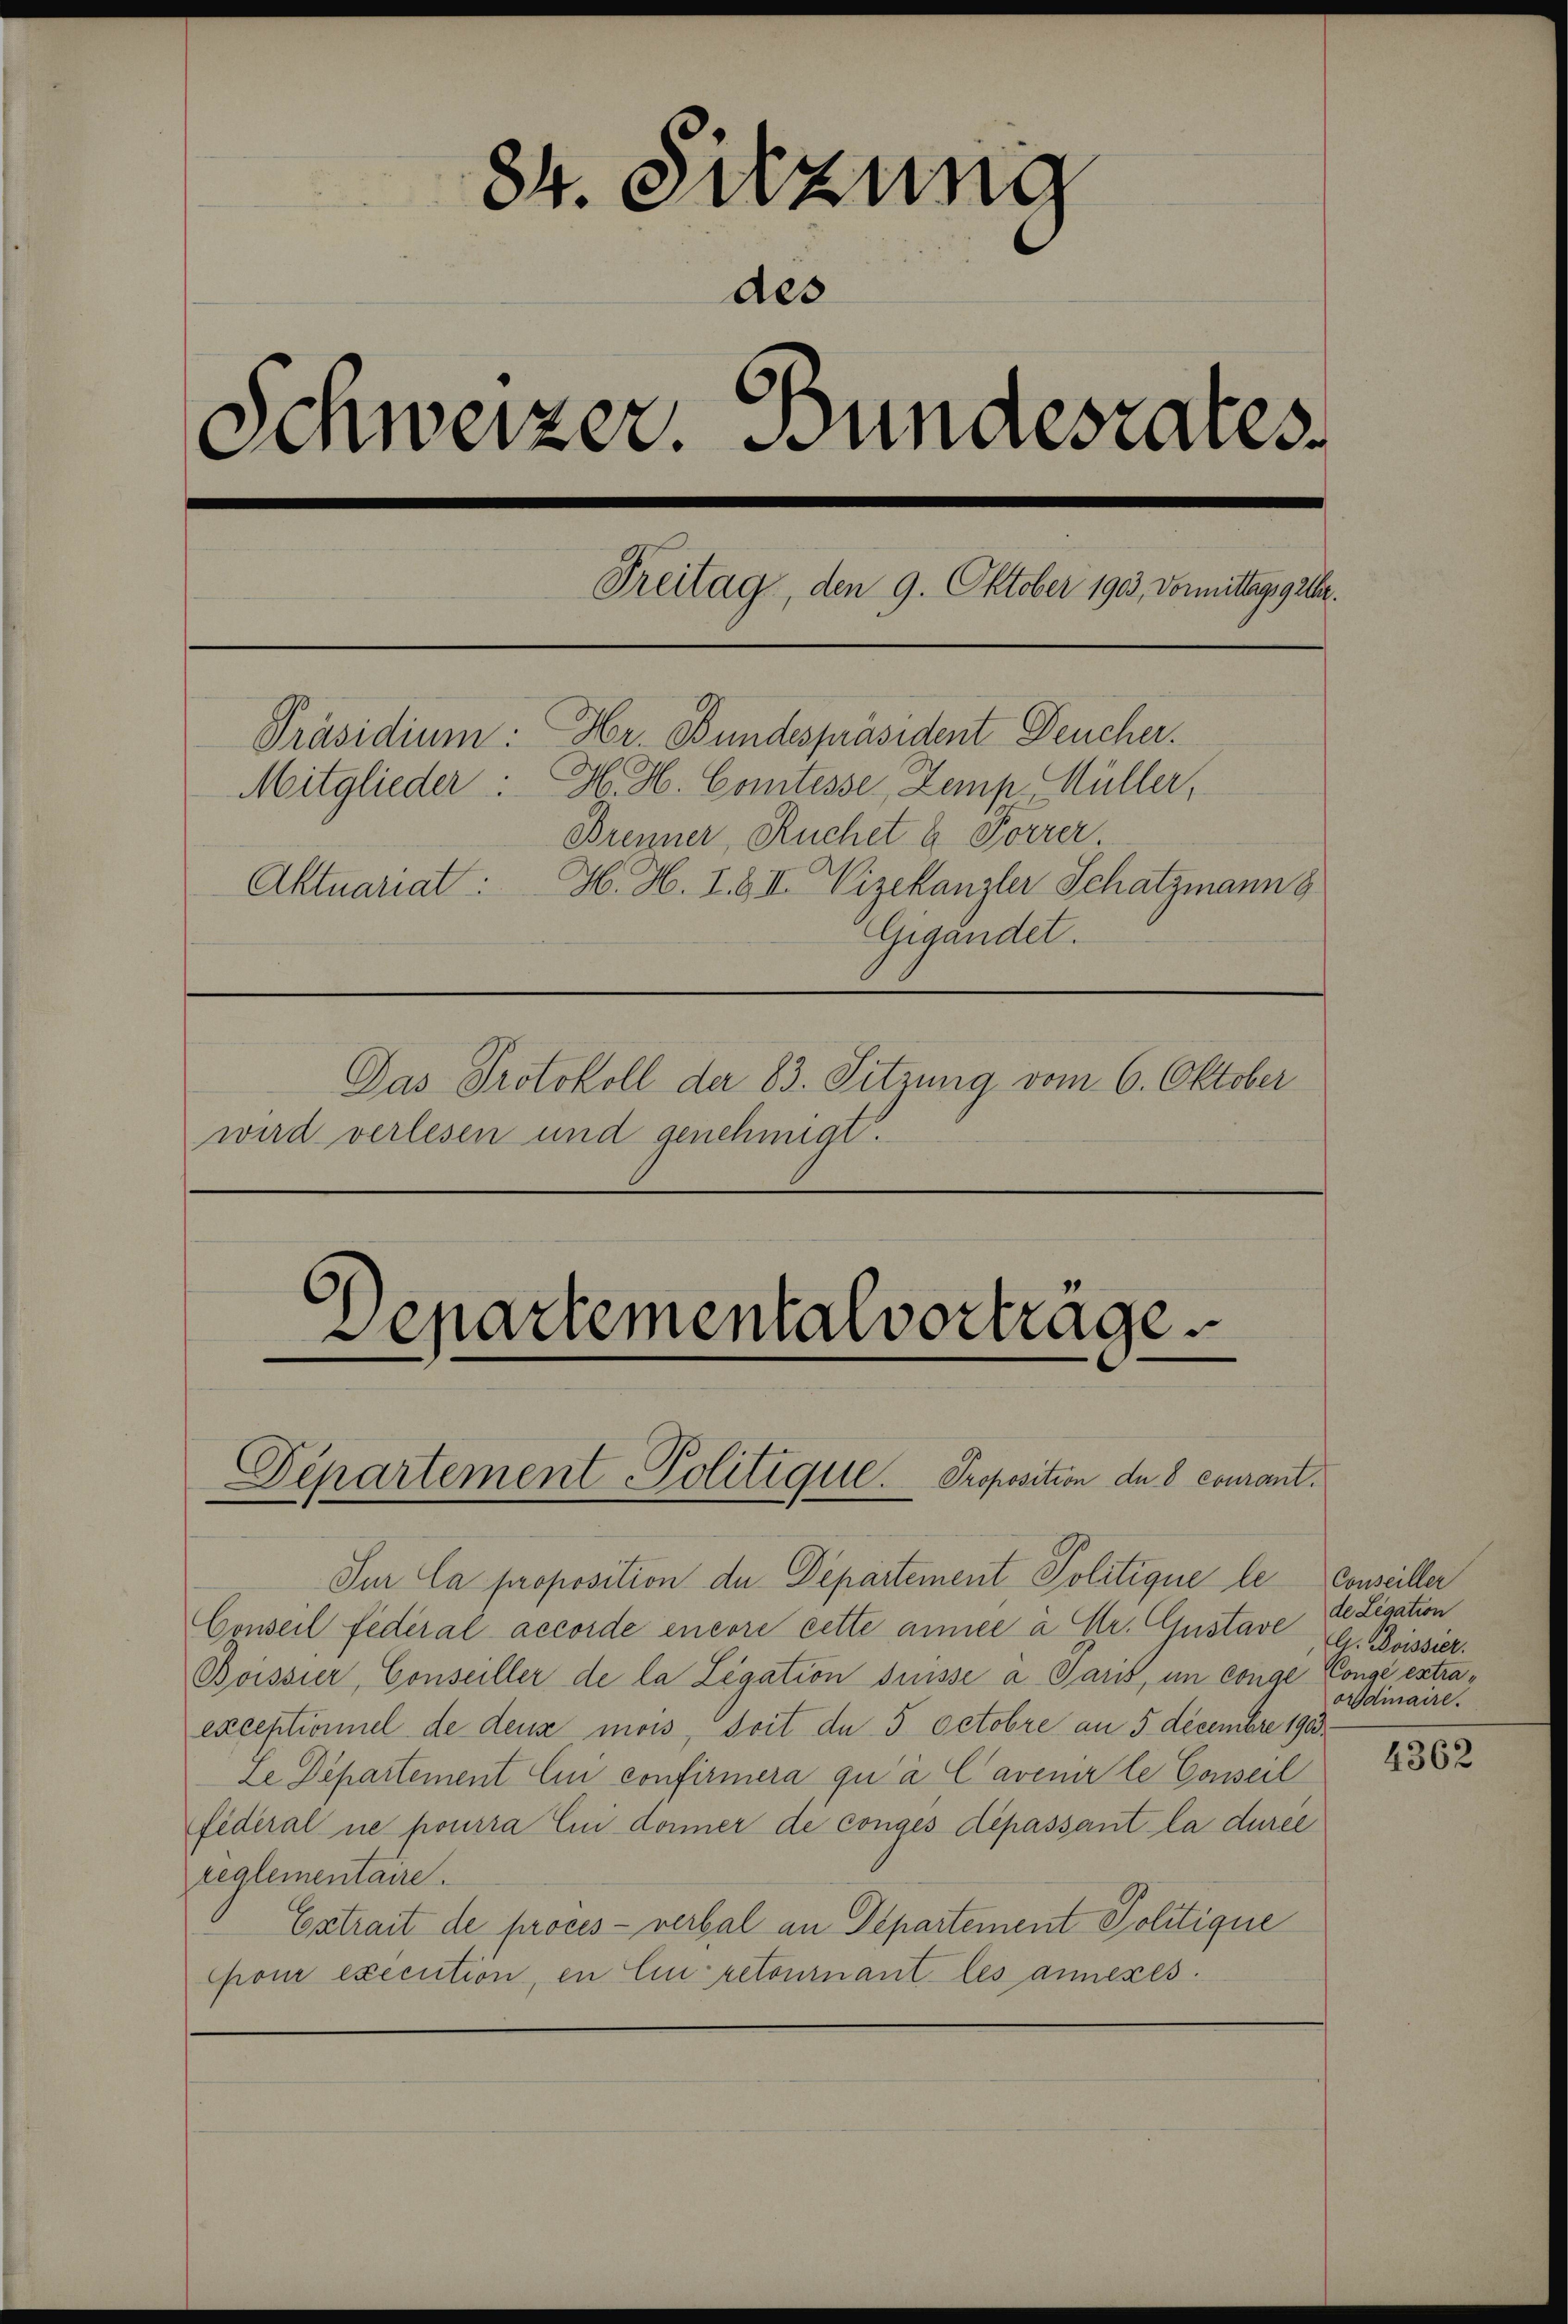
84. Sitzung
Schweizer. Bundesares
Freitag, den 9. Oktober 1902, Vormittags gelter.
Präsidium. Hr. Bundespräsident Deucher.
Mitglieder: H. H. Comtesse, Zemp. Müller,
Brenner, Ruchet & Forrer
H. H. I. & III Vizekanzler Schatzmann g
Aktuariat:
Gigandet.
Das Protokoll der 83. Sitzung vom 6. Oktober
wird verlesen und genehmigt.

des

Lepartementalvortrage

Département Politique. Proposition de 8 courant.

Sur la proposition de Departement Politique le Conseiller
Conseil federal accorde encore cette année à Fr. Gustave
Boissier, Conseiller de la Legation suisse a Paris, im conge
exceptioniel de deux mois, doit de 5 Octobre an 5 Decembre 190
Le Departement Ein confirmera qu’ à Cavenir le Conseil
federal ne pourra lui donner de conges dépassant la durée
reglementaire.
Extrait de proces - verbal an Departement Politique
Chon execution, in Ein retournant les annexes.

de Legation
G. Boissier.
Conge extraordinaire.

4362